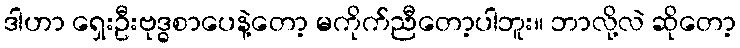
ဒါဟာ ရှေးဦးဗုဒ္ဓစာပေနဲ့တော့ မကိုက်ညီတော့ပါဘူး။ ဘာလို့လဲ ဆိုတော့